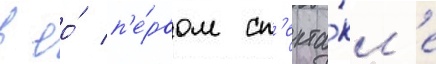
в ео́ п'е́рвом сп'екта́кл'е